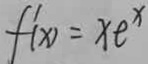
f ^ { \prime } ( x ) = x e ^ { x }